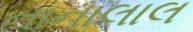
નાનાલાલ